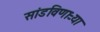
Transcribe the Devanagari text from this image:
सांडविणाऱ्या